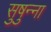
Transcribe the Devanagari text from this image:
सुषुन्ना